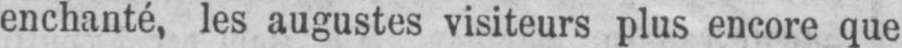
enchanté, les augustes visiteurs plus encore que